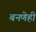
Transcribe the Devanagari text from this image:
बनणेही